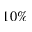
1 0 \%